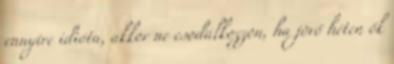
ennyire idióta, akkor ne csodálkozzon, ha jövő héten ők